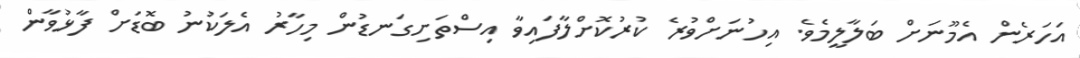
އަހަރެން އެމޫނަށް ބަލާލީމެވެ. އިހުނަށްވުރެ ކުރުކޮށްލާފައިވާ އިސްތަށިގަނޑުން މިހާރު އެލަކުނު ބޮޑަށް ފާޅުވާން